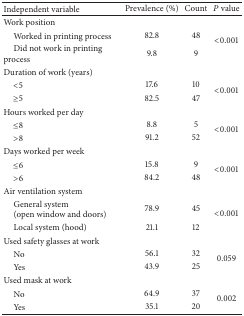
<table><thead><tr><td><b>Independent variable</b></td><td><b>Prevalence (%)</b></td><td><b>Count</b></td><td><b><i>P</i> value</b></td></tr></thead><tbody><tr><td>Work position</td><td> </td><td> </td><td> </td></tr><tr><td> Worked in printing process</td><td>82.8</td><td>48</td><td rowspan="2">&lt;0.001</td></tr><tr><td> Did not work in printing process</td><td>9.8</td><td>9</td></tr><tr><td>Duration of work (years)</td><td> </td><td> </td><td> </td></tr><tr><td> &lt;5</td><td>17.6</td><td>10</td><td rowspan="2">&lt;0.001</td></tr><tr><td> ≥5</td><td>82.5</td><td>47</td></tr><tr><td>Hours worked per day</td><td> </td><td> </td><td> </td></tr><tr><td> ≤8</td><td>8.8</td><td>5</td><td rowspan="2">&lt;0.001</td></tr><tr><td> &gt;8</td><td>91.2</td><td>52</td></tr><tr><td>Days worked per week</td><td> </td><td> </td><td> </td></tr><tr><td> ≤6</td><td>15.8</td><td>9</td><td rowspan="2">&lt;0.001</td></tr><tr><td> &gt;6</td><td>84.2</td><td>48</td></tr><tr><td>Air ventilation system</td><td> </td><td> </td><td> </td></tr><tr><td> General system(open window and doors) </td><td>78.9</td><td>45</td><td rowspan="2">&lt;0.001</td></tr><tr><td> Local system (hood)</td><td>21.1</td><td>12</td></tr><tr><td>Used safety glasses at work</td><td> </td><td> </td><td> </td></tr><tr><td> No</td><td>56.1</td><td>32</td><td rowspan="2">0.059</td></tr><tr><td> Yes</td><td>43.9</td><td>25</td></tr><tr><td>Used mask at work</td><td> </td><td> </td><td> </td></tr><tr><td> No</td><td>64.9</td><td>37</td><td rowspan="2">0.002</td></tr><tr><td> Yes</td><td>35.1</td><td>20</td></tr></tbody></table>